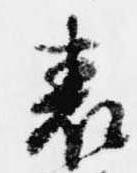
表